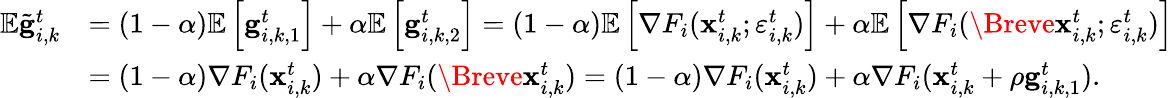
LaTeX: \begin{array}{rl}{\mathbb{E}\tilde{\mathbf{g}}_{i,k}^{t}}&{=(1-\alpha)\mathbb{E}\left[\mathbf{g}_{i,k,1}^{t}\right]+\alpha\mathbb{E}\left[\mathbf{g}_{i,k,2}^{t}\right]=(1-\alpha)\mathbb{E}\left[\nabla F_{i}(\mathbf{x}_{i,k}^{t};\varepsilon_{i,k}^{t})\right]+\alpha\mathbb{E}\left[\nabla F_{i}(\Breve{\mathbf{x}}_{i,k}^{t};\varepsilon_{i,k}^{t})\right]}\\ &{=(1-\alpha)\nabla F_{i}(\mathbf{x}_{i,k}^{t})+\alpha\nabla F_{i}(\Breve{\mathbf{x}}_{i,k}^{t})=(1-\alpha)\nabla F_{i}(\mathbf{x}_{i,k}^{t})+\alpha\nabla F_{i}(\mathbf{x}_{i,k}^{t}+\rho\mathbf{g}_{i,k,1}^{t}).}\end{array}